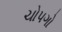
ચોપગો